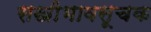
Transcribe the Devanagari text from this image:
सखीभावसूचक